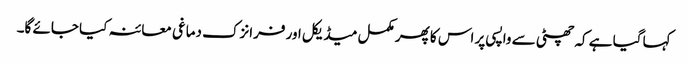
کہا گیا ہے کہ چھٹی سے واپسی پر اس کا پھر مکمل میڈیکل اور فرانزک دماغی معائنہ کیا جائے گا۔